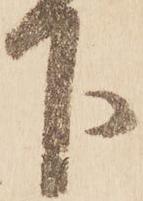
下